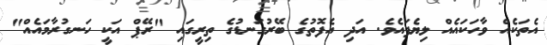
އެތަކެއް ވާހަކައެއް ލިޔެފައެވެ. އަދި އެފޮތުގެ ބޭރުގަނޑުގެ ތިރީގައި "ރޭޕް އަކީ ހަނގުރާމައެއް"